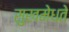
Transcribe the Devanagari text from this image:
सुखमेधते